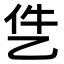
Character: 𪜓